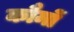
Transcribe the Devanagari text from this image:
कौमों